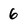
Character: 6